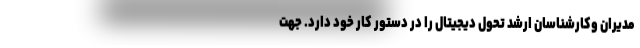
مدیران وکارشناسان ارشد تحول دیجیتال را در دستور کار خود دارد. جهت